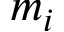
m _ { i }